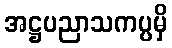
အဋ္ဌပညာသကပ္ပမှိ